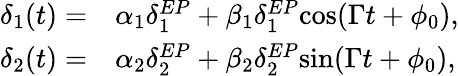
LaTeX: \begin{array}{rl}{\delta_{1}(t)=}&{\alpha_{1}\delta_{1}^{EP}+\beta_{1}\delta_{1}^{EP}\mathrm{cos}(\Gamma t+\phi_{0}),}\\ {\delta_{2}(t)=}&{\alpha_{2}\delta_{2}^{EP}+\beta_{2}\delta_{2}^{EP}\mathrm{sin}(\Gamma t+\phi_{0}),}\end{array}